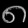
Digit: ၈